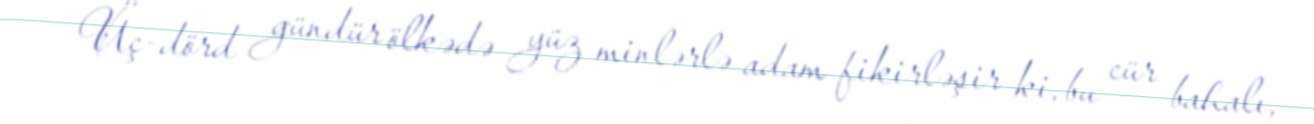
Üç-dörd gündür ölkədə yüz minlərlə adam fikirləşir ki, bu cür bahalı,